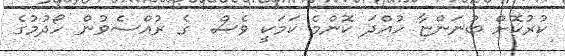
ކުރުކޮށް ބުނަންޏާ ހުއްދަ ކޮންމެ ކަމަކީ ވެސް  ގެ ރުއްސެވުން ހޯދުމުގެ